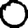
Digit: 0